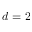
d = 2